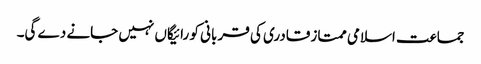
جماعت اسلامی ممتاز قادری کی قر بانی کو رائیگاں نہیں جانے دے گی۔